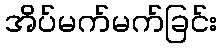
အိပ်မက်မက်ခြင်း